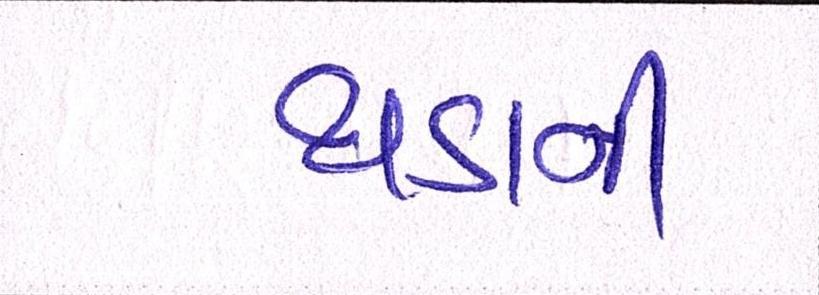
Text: થડાની